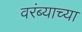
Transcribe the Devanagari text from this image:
वरंब्याच्या